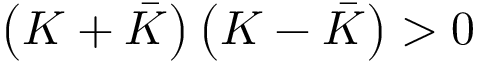
\left( K + \bar { K } \right) \left( K - \bar { K } \right) > 0